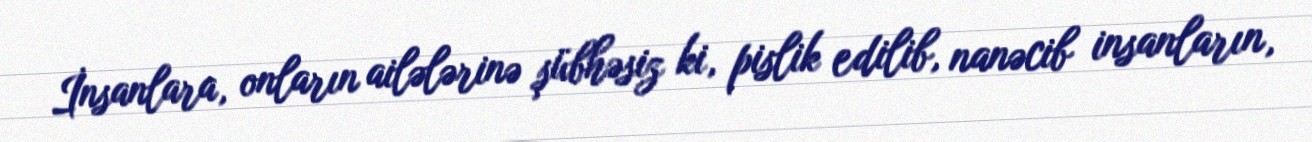
İnsanlara, onların ailələrinə şübhəsiz ki, pislik edilib, nanəcib insanların,